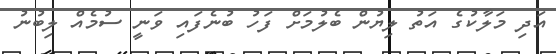
އަދި މަލާކުގެ އަތު ލިޔުން ބެލުމަށް ފަހު ބުނެފައި ވަނީ ސުމެއް ލިބުނު